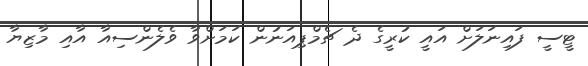
ޓީސީ ފައިނަލަށް އައީ ކުރީގެ ދެ ޗެމްޕިއަނުން ކަމަށްވާ ވެލެންސިއާ އާއި މާޒިޔާ